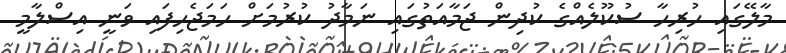
މާލޭގައި ހުރިހާ ސުކޫލެއްގެ ކުދިން ޖަމާއަތުގައި ނަމާދު ކުރުމަށް ހަމަޖެހިފައި ވަނީ އިސްލާމީ